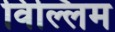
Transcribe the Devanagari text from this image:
विल्लिम